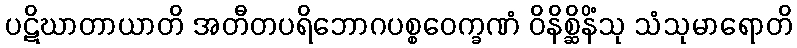
ပဋိဃာတာယာတိ အတီတပရိဘောဂပစ္စဝေက္ခဏံ ဝိနိစ္ဆိနိံသု သံသုမာရောတိ